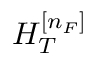
H _ { T } ^ { [ n _ { F } ] }